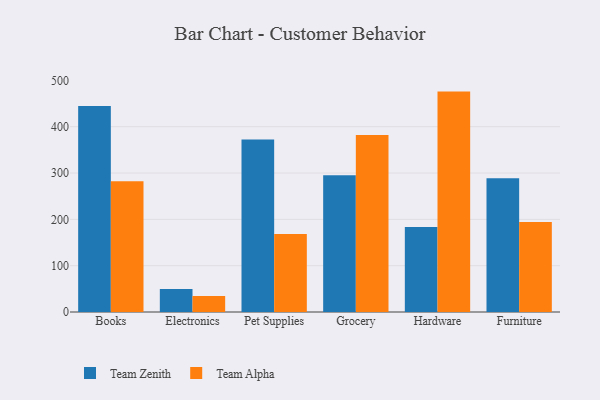
{"axis": {"x": "Category", "y": "Active Users"}, "legend": ["Team Alpha", "Team Zenith"], "data": [{"x": "Books", "y": 444.4, "type": "Team Zenith"}, {"x": "Books", "y": 282.2, "type": "Team Alpha"}, {"x": "Electronics", "y": 49.8, "type": "Team Zenith"}, {"x": "Electronics", "y": 34.5, "type": "Team Alpha"}, {"x": "Pet Supplies", "y": 372.1, "type": "Team Zenith"}, {"x": "Pet Supplies", "y": 168.2, "type": "Team Alpha"}, {"x": "Grocery", "y": 295.2, "type": "Team Zenith"}, {"x": "Grocery", "y": 382.2, "type": "Team Alpha"}, {"x": "Hardware", "y": 183.5, "type": "Team Zenith"}, {"x": "Hardware", "y": 475.7, "type": "Team Alpha"}, {"x": "Furniture", "y": 288.9, "type": "Team Zenith"}, {"x": "Furniture", "y": 194.1, "type": "Team Alpha"}]}